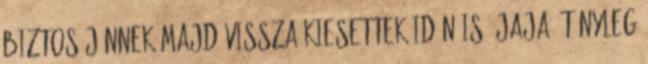
biztos jönnek majd vissza kiesettek idén is. Jaja, tényleg